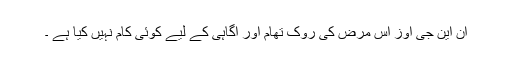
ان این جی اوز اس مرض کی روک تھام اور آگاہی کے لیے کوئی کام نہیں کیا ہے ۔